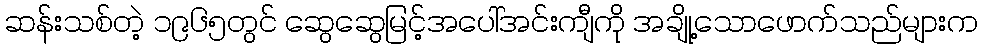
ဆန်းသစ်တဲ့ ၁၉၆၅တွင် ဆွေဆွေမြင့်အပေါ်အင်းကျီကို အချို့သောဖောက်သည်များက